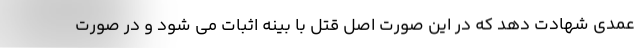
عمدی شهادت دهد که در این صورت اصل قتل با بینه اثبات می شود و در صورت